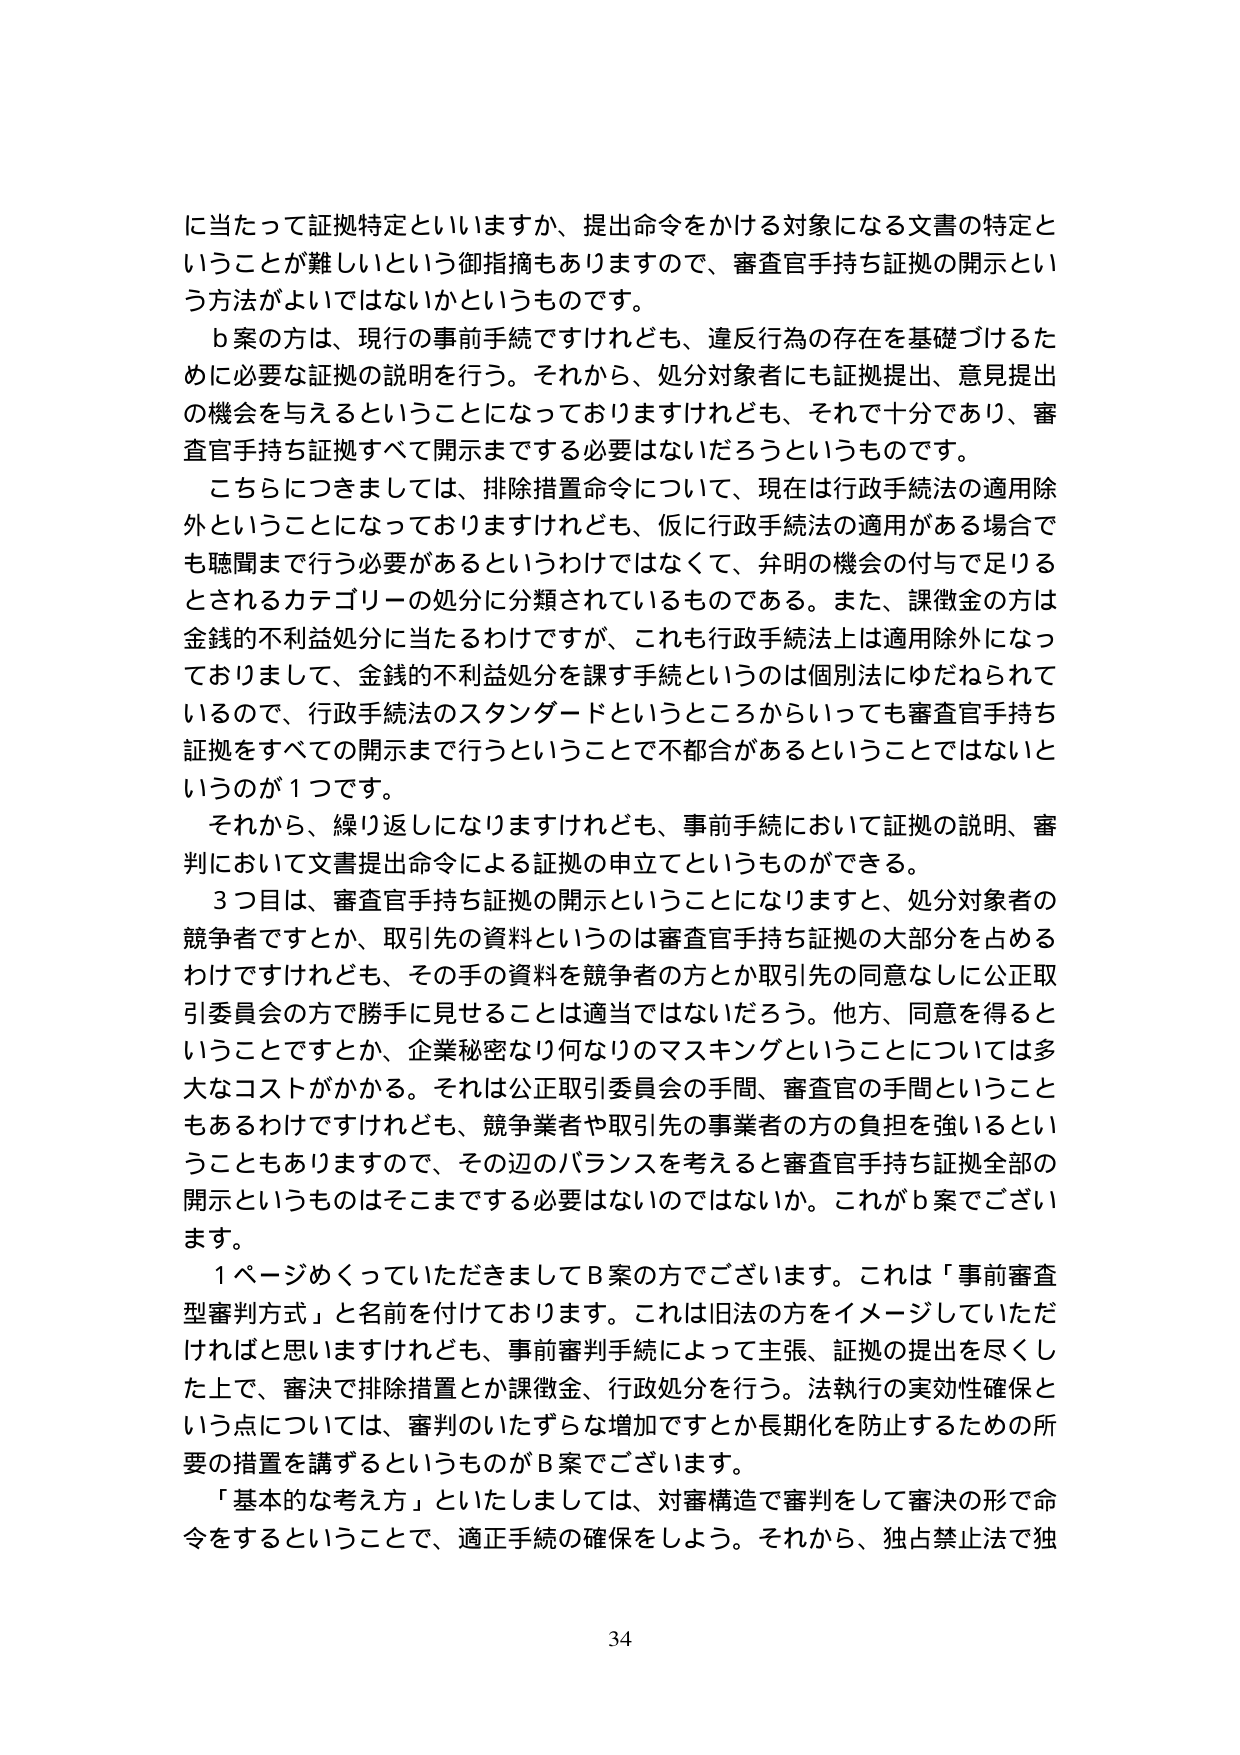
に当たって証拠特定といいますか、提出命令をかける対象になる文書の特定と
いうことが難しいという御指摘もありますので、審査官手持ち証拠の開示とい
う方法がよいではないかというものです。
ｂ案の方は、現行の事前手続ですけれども、違反行為の存在を基礎づけるた
めに必要な証拠の説明を行う。それから、処分対象者にも証拠提出、意見提出
の機会を与えるということになっておりますけれども、それで十分であり、審
査官手持ち証拠すべて開示までする必要はないだろうというものです。
こちらにつきましては、排除措置命令について、現在は行政手続法の適用除
外ということになっておりますけれども、仮に行政手続法の適用がある場合で
も聴聞まで行う必要があるというわけではなくて、弁明の機会の付与で足りる
とされるカテゴリーの処分に分類されているものである。また、課徴金の方は
金銭的不利益処分に当たるわけですが、これも行政手続法上は適用除外になっ
ておりまして、金銭的不利益処分を課す手続というのは個別法にゆだねられて
いるので、行政手続法のスタンダードというところからいっても審査官手持ち
証拠をすべての開示まで行うということで不都合があるということではないと
いうのが１つです。
それから、繰り返しになりますけれども、事前手続において証拠の説明、審
判において文書提出命令による証拠の申立とというものができる。
３つ目は、審査官手持ち証拠の開示ということになりますと、処分対象者の
競争者ですとか、取引先の資料というのは審査官手持ち証拠の大部分を占める
わけですけれども、その手の資料を競争者の方とか取引先の同意なしに公正取
引委員会の方で勝手に見せることは適当ではないだろう。他方、同意を得ると
いうことですか、企業秘密なり何なりのマスキングということについては多
大なコストがかかる。それは公正取引委員会の手間、審査官の手間ということ
もあるわけですがけれども、競争業者や取引先の事業者の方の負担を強いるとい
うこともありますので、その辺のバランスを考えると審査官手持ち証拠全部の
開示というものはそこまでする必要はないのではないか。これがｂ案でござい
ます。
１ページめくっていただきましてＢ案の方でございます。これは「事前審査
型審判方式」と名前を付けております。これは旧法の方をイメージしていただ
ければと思いますけれども、事前審判手続によって主張、証拠の提出を尽くし
た上で、審決で排除措置とか課徴金、行政処分を行う。法執行の実効性確保と
いう点については、審判のいたずらな増加ですとか長期化を防止するための所
要の措置を講ずるというものがＢ案でございます。
「基本的な考え方」といたしましては、対審構造で審判をして審決の形で命
令をするということで、適正手続の確保をしよう。それから、独占禁止法で独

34